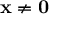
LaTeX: \mathbf { x } \neq \mathbf { 0 }